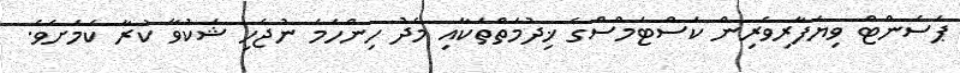
ޕަސެންޓް ވިޔަފާރިވެރިން ކަސްޓަމްސްގެ ޚިދުމަތްތަކާއި މެދު ހިންހަމަ ނުޖެހި ޝަކުވާ ކުރާ ކަމަށެވެ.